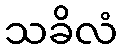
သခိလံ